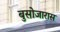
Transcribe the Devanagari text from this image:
बुसोजारास